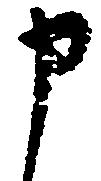
申